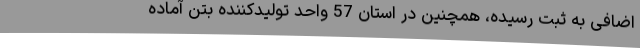
اضافی به ثبت رسیده، همچنین در استان 57 واحد تولیدکننده بتن آماده